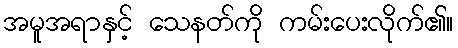
အမူအရာနှင့် သေနတ်ကို ကမ်းပေးလိုက်၏။